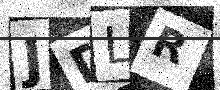
Text: JDLR